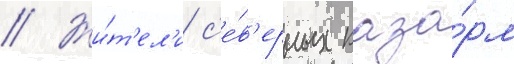
// Жи́т'ел'и с'е́в'ерных каза́рм